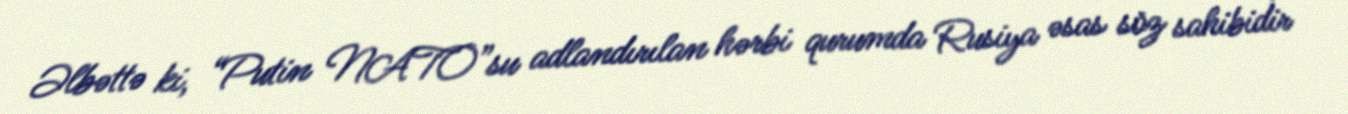
Əlbəttə ki, “Putin NATO”su adlandırılan hərbi qurumda Rusiya əsas söz sahibidir